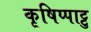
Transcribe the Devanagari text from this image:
कृषिप्पाट्टु